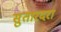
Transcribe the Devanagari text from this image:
सुतारदरा